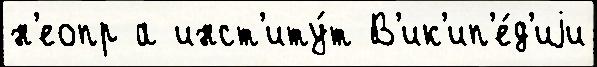
н'еопр а инст'иту́т В'ик'ип'е́д'иjи